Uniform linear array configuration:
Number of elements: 8
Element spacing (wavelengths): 0.5
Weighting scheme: hann
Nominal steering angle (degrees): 0
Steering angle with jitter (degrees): -1.088
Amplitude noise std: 0.05
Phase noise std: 0.05

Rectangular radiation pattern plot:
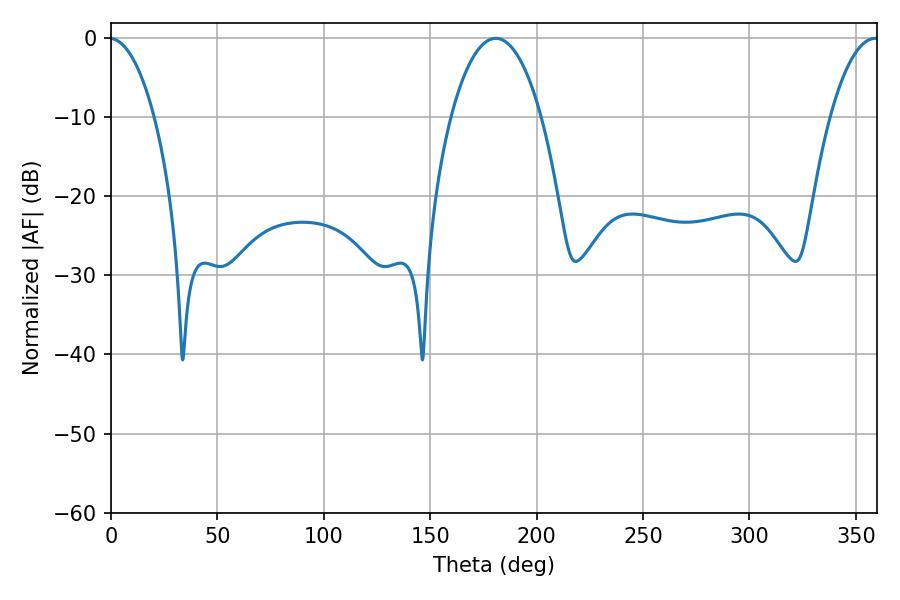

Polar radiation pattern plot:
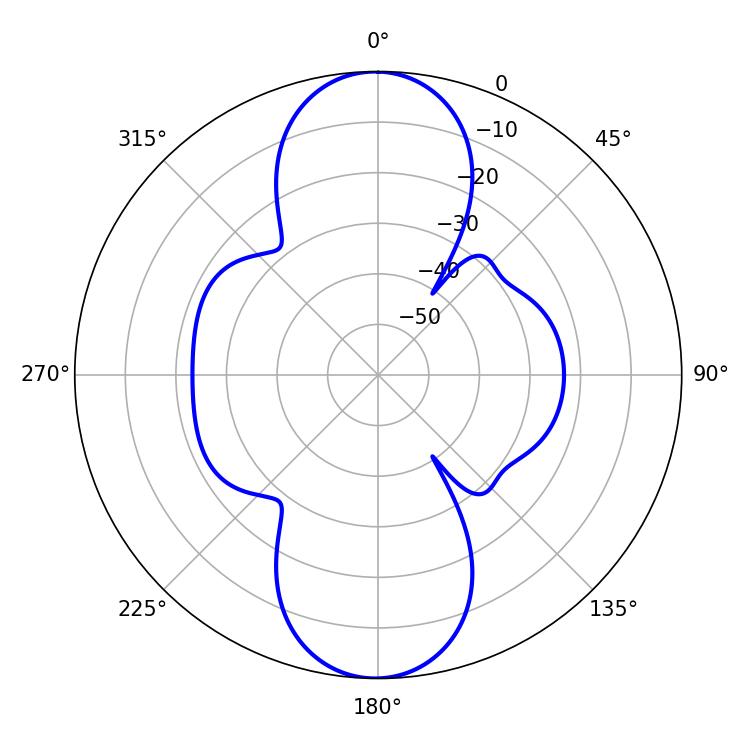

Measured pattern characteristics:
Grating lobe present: FALSE
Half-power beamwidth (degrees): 23.58
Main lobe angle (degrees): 180.72